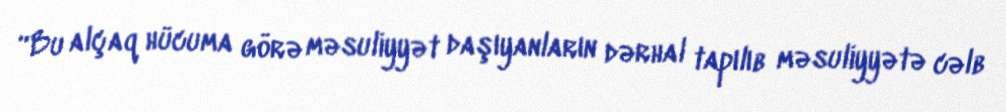
“Bu alçaq hücuma görə məsuliyyət daşıyanların dərhal tapılıb məsuliyyətə cəlb